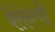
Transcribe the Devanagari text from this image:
बैलेनची